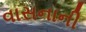
વાસનાની